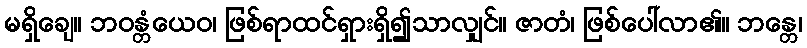
မရှိချေ။ ဘဝန္တံယေဝ၊ ဖြစ်ရာထင်ရှားရှိ၍သာလျှင်။ ဇာတံ၊ ဖြစ်ပေါ်လာ၏။ ဘန္တေ၊